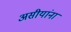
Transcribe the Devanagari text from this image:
असीयांना